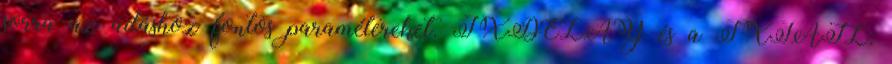
sorra az adáshoz fontos paramétereket. TXDELAY és a TXTAIL: